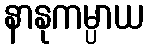
နာနုကမ္ပာယ